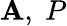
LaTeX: \mathbf{A},\; P